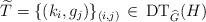
LaTeX: \begin{align*}\widetilde{T} = \{(k_i, g_j)\}_{(i, j)}\,\in\, \mathrm{DT}_{\widehat{G}}(H)\end{align*}